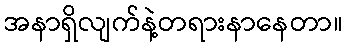
အနာရှိလျက်နဲ့တရားနာနေတာ။